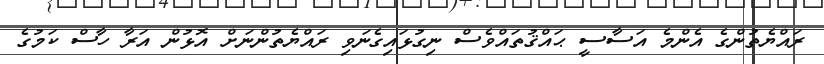
ރައްޔެތުންގެ އެންމެ އަސާސީ ޙައްޤުތައްވެސް ނިގުޅައިގެނަވި ރައްޔެތުންނަށް އޮޅުން އަރާ ހާސް ކަމުގެ